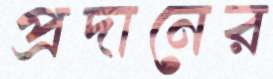
প্রদানের